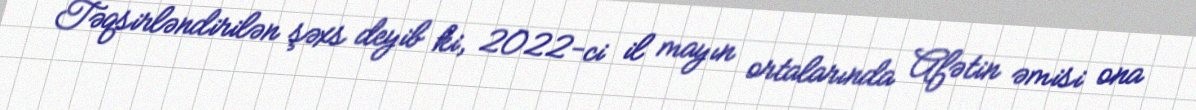
Təqsirləndirilən şəxs deyib ki, 2022-ci il mayın ortalarında Afətin əmisi ona